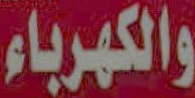
والكهرباء